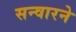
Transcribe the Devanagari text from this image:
सन्वारने